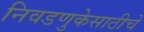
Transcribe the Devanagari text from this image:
निवडणुकेसाठीचे